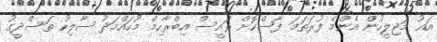
އައު މަޖިލީހުން އެންމެ ފުރަތަމަ ފާސްކޮށް ރައީސް އިބްރާހިމް މުހައްމަދު ސާލިހު ތަސްދީގު